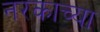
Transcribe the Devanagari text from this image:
नरकाच्या